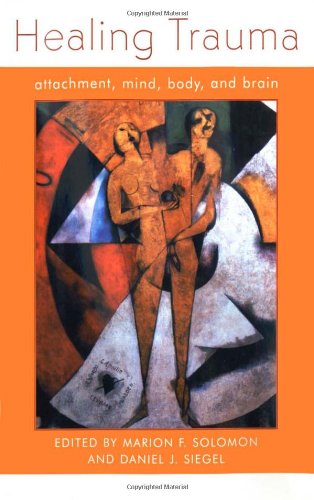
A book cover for Healing Trauma: Attachment, Mind, Body and Brain (Norton Series on Interpersonal Neurobiology); Parenting & Relationships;